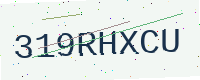
Text: 319RHXCU